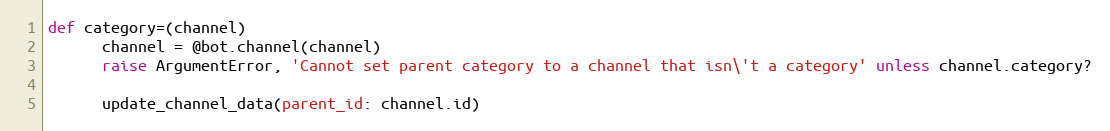
Language: Ruby
def category=(channel)
      channel = @bot.channel(channel)
      raise ArgumentError, 'Cannot set parent category to a channel that isn\'t a category' unless channel.category?

      update_channel_data(parent_id: channel.id)